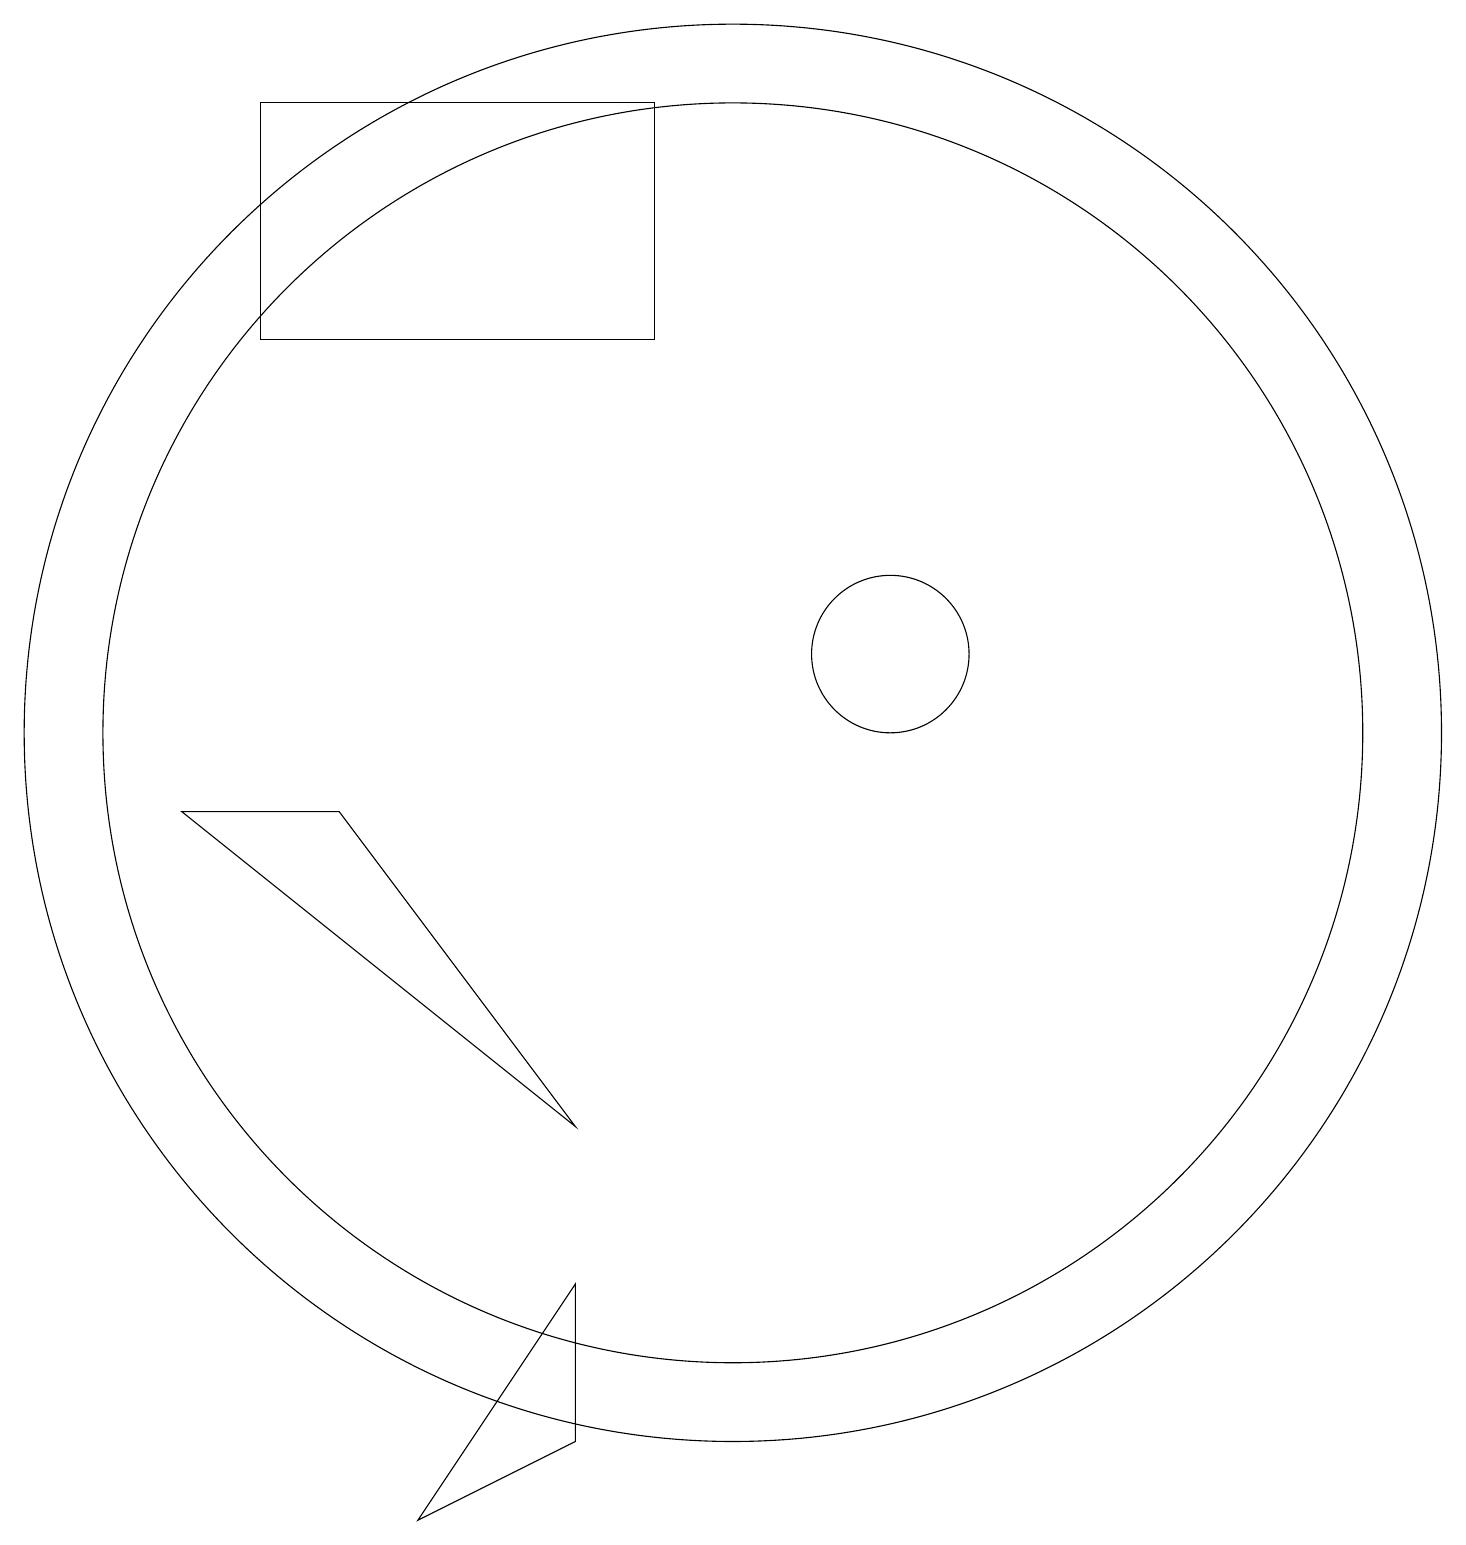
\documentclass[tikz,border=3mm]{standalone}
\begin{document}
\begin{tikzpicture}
\draw (8,5) -- (5,9) -- (3,9) -- cycle;
\draw (10,10) circle (9);
\draw (4,18) rectangle (9,15);
\draw (12,11) circle (1);
\draw (10,10) circle (8);
\draw (6,0) -- (8,3) -- (8,1) -- cycle;
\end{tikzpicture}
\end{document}